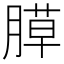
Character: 𦞻